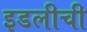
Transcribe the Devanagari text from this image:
इडलीची